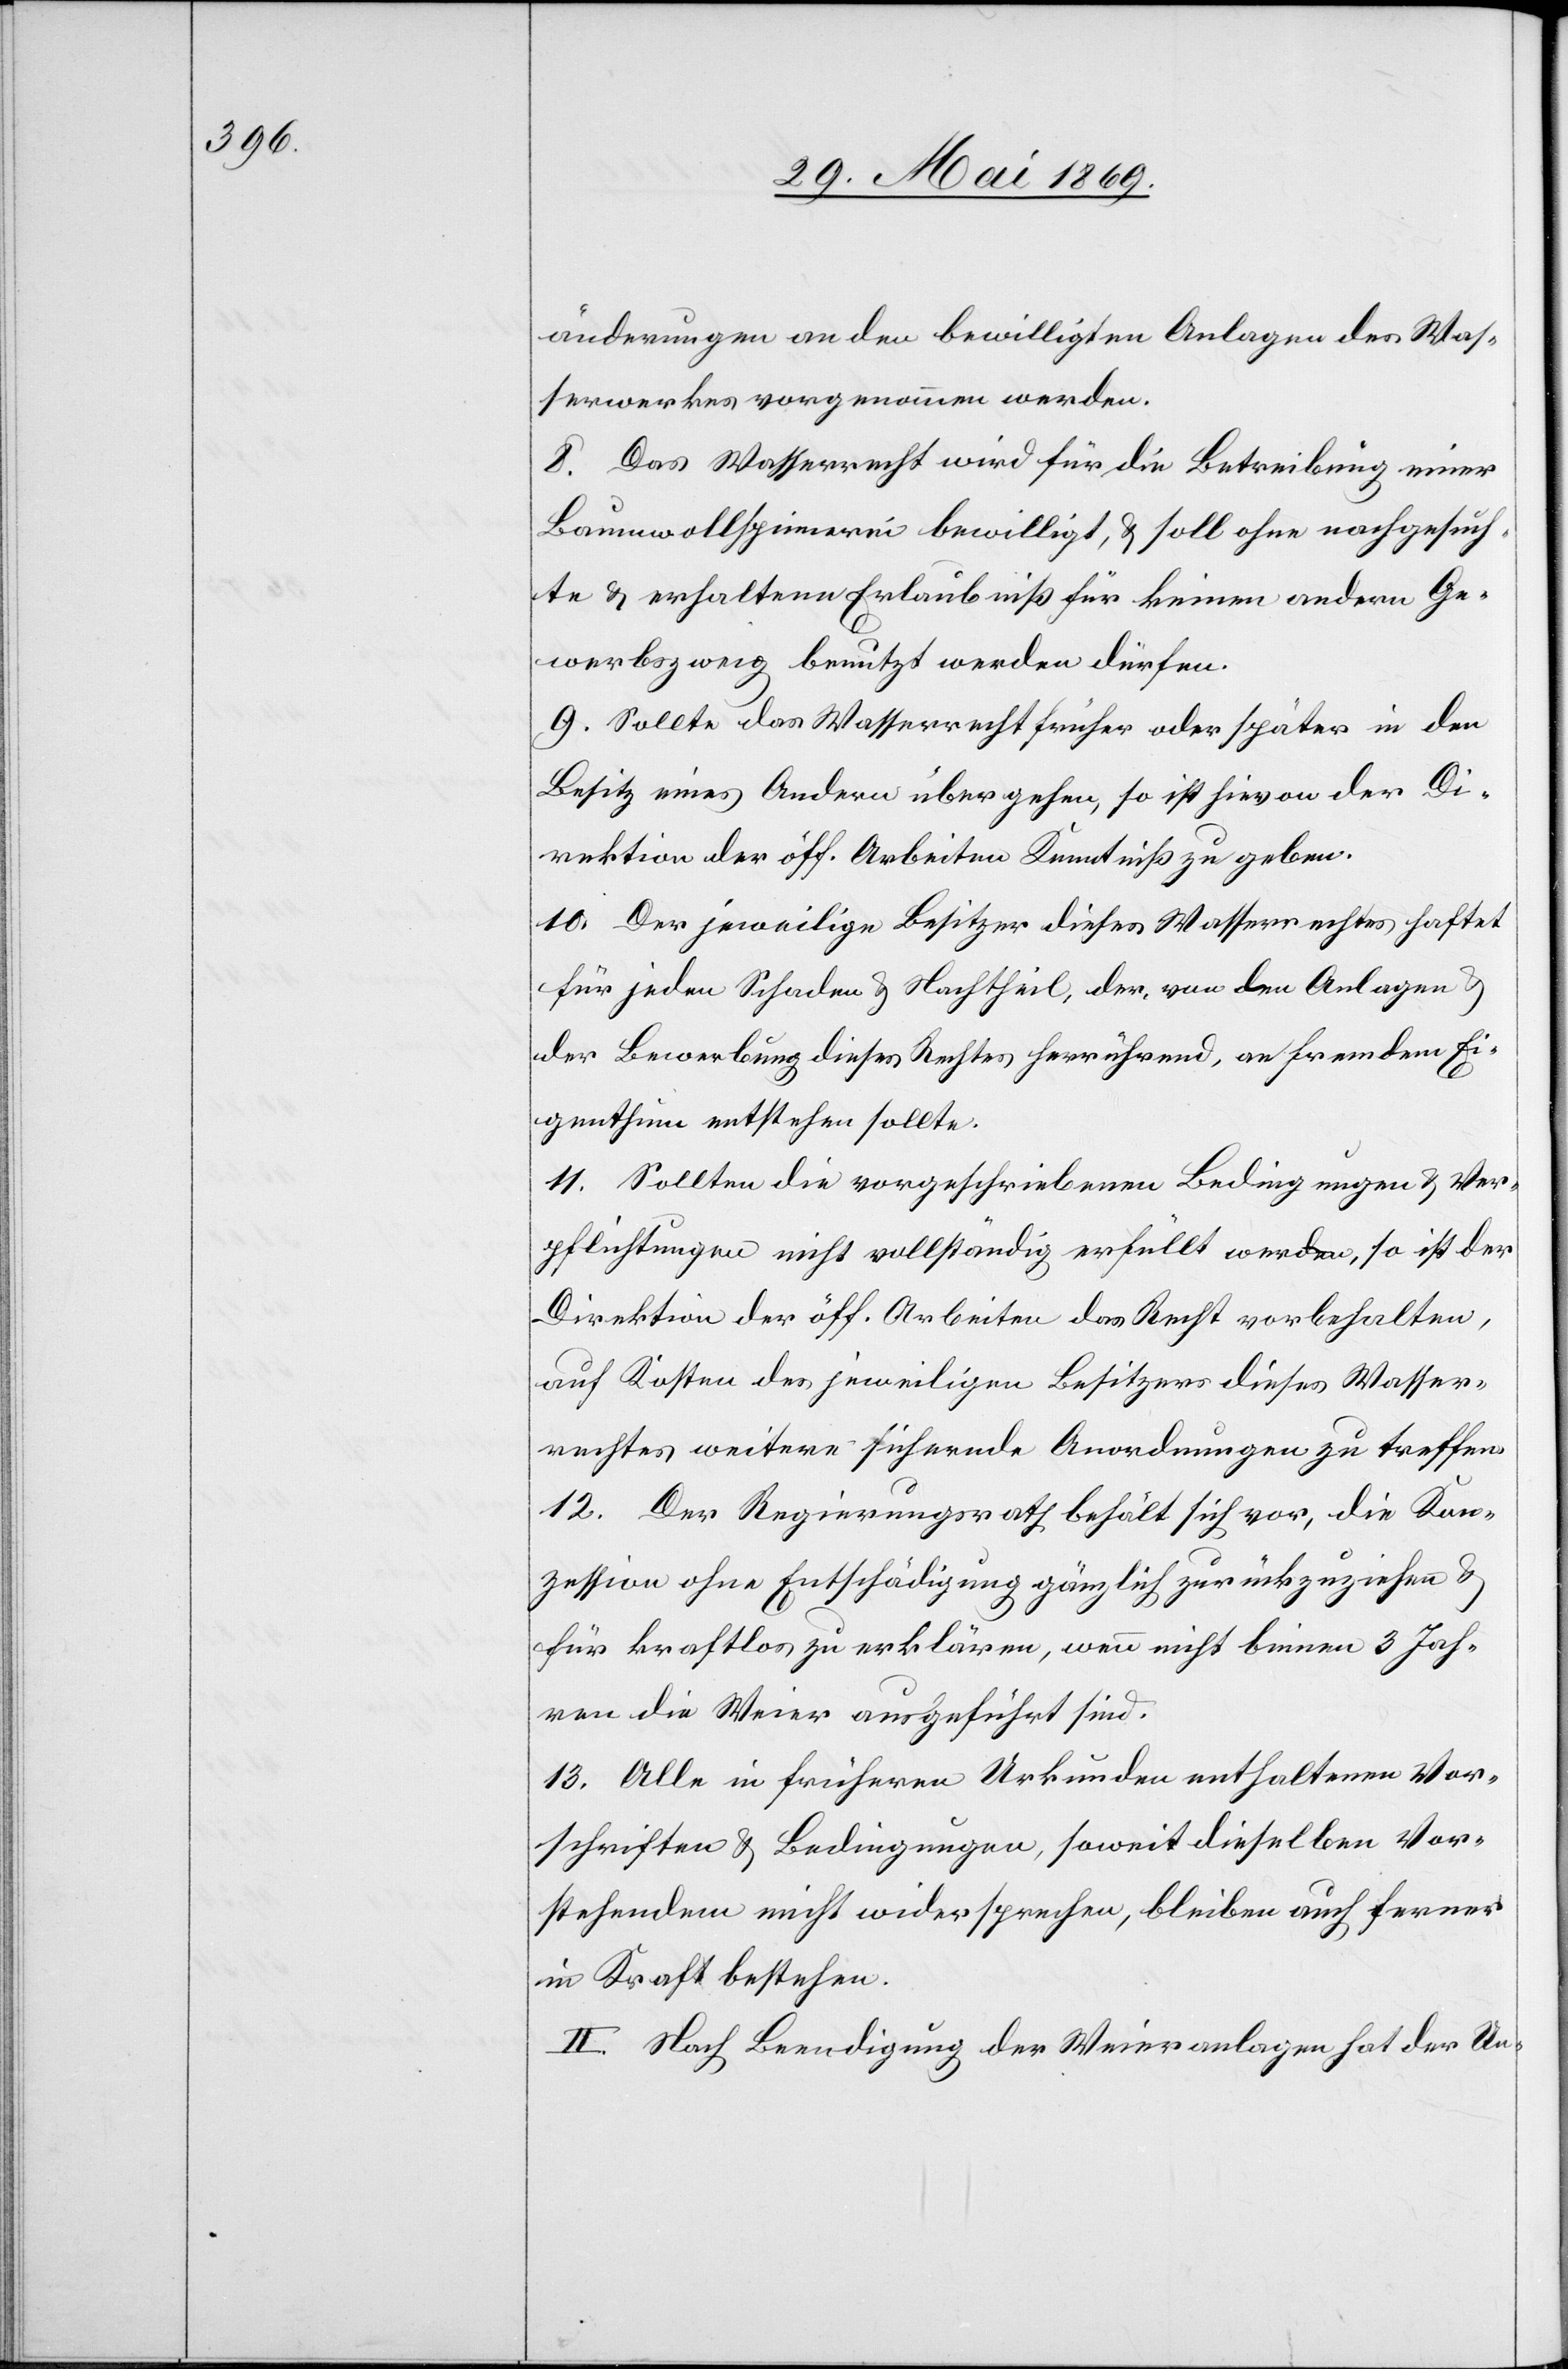
änderungen an den bewilligten Anlagen des Was¬
serwerkes vorgenommen werden.
8. Das Wasserwerk wird für die Betreibung einer
Baumwollspinnerei bewilligt, u. soll ohne nachgesuch¬
te u. erhaltene Erlaubniß für keinen andern Ge¬
werbszweig benutzt werden dürfen.
9. Sollte das Wasserrecht früher oder später in den
Besitz eines Andern übergehen, so ist hievon der Di¬
rektion der öff. Arbeiten Kenntniß zu geben.
10. Der jeweilige Besitzer dieses Wasserrechtes haftet
für jeden Schaden u. Nachtheil, der, von den Anlagen
der Bewerbung dieses Rechtes herrührend, an fremdem Ei¬
genthum entstehen sollte.
11. Sollten die vorgeschriebenen Bedingungen u. Ver¬
pflichtungen nicht vollständig erfüllt werden, so ist der
Direktion der öff. Arbeiten das Recht vorbehalten,
auf Kosten des jeweiligen Besitzers dieses Wasser¬
rechtes weitere sichernde Anordnungen zu treffen.
12. Der Regierungsrath behält sich vor, die Kon¬
zession ohne Entschädigung gänzlich zurückzuziehen u.
für kraftlos zu erklären, wenn nicht binnen 3 Jah¬
ren die Weier ausgeführt sind.
13. Alle in frühern Urkunden enthaltenen Vor¬
schriften u. Bedingungen, soweit dieselben Vor¬
stehenden nicht widersprechen, bleiben auch ferner
in Kraft bestehen.
II. Nach Beendigung der Weieranlagen hat der Un-